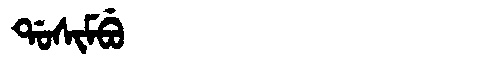
Manchu: ᡩᠣᠰᡳᠮᠪᡠ
Romanization: DOSIMBU